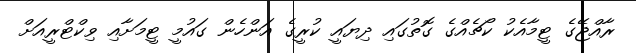
ރާއްޖޭގެ ޓީމާއެކު ކޯޗެއްގެ ގޮތުގައި ދިޔައީ ކުރީގެ އަންހެން ގައުމީ ޓީމަށާއި ވިކްޓްރީއަށް